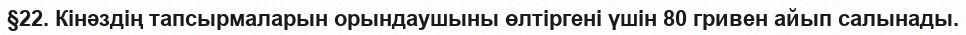
§22. Кінәздің тапсырмаларын орындаушыны өлтіргені үшін 80 гривен айып салынады.